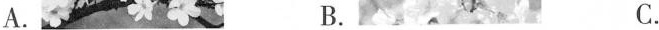
A. B. C.